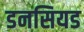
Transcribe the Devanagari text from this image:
डनसियड